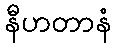
နီဟတာနံ